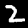
Label: 2